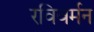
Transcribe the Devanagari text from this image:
रविवर्मन